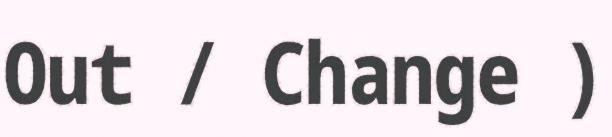
Out / Change )